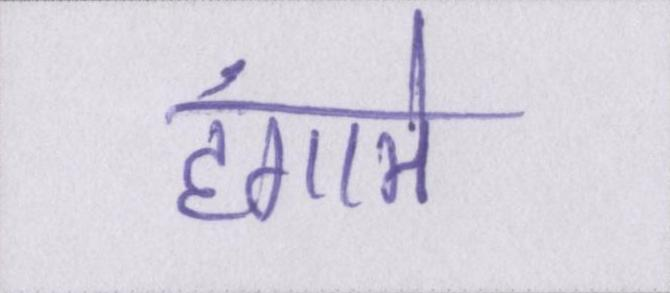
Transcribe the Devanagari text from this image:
हंगामे